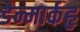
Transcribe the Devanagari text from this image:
डेन्मार्कहृ